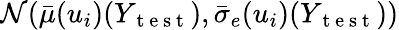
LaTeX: \mathcal{N}(\bar{\mu}(u_{i})(Y_{\mathrm{~t~e~s~t~}}),\bar{\sigma}_{e}(u_{i})(Y_{\mathrm{~t~e~s~t~}}))